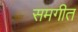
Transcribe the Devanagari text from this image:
समगीत